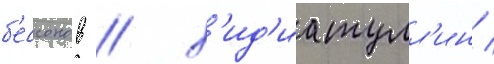
б'ессонов / х'ид'иатулл'ин /